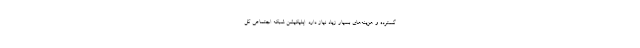
گسترده و هزینه‌های بسیار زیاد نیاز دارد. اپلیکیشن شبکه اجتماعی کل